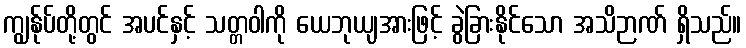
ကျွန်ုပ်တို့တွင် အပင်နှင့် သတ္တဝါကို ယေဘုယျအားဖြင့် ခွဲခြားနိုင်သော အသိဉာဏ် ရှိသည်။